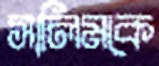
সালিমকে